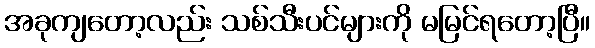
အခုကျတော့လည်း သစ်သီးပင်များကို မမြင်ရတော့ပြီ။